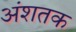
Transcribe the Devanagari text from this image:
अंशतक